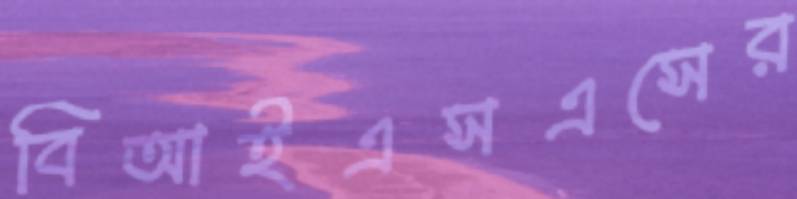
বিআইএসএসের